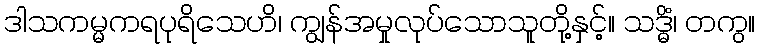
ဒါသကမ္မကရပုရိသေဟိ၊ ကျွန်အမှုလုပ်သောသူတို့နှင့်။ သဒ္ဓိံ၊ တကွ။